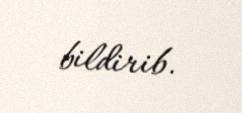
bildirib.